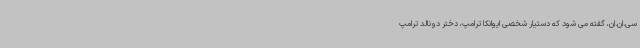
سی.ان.ان، گفته می شود که دستیار شخصی ایوانکا ترامپ، دختر دونالد ترامپ